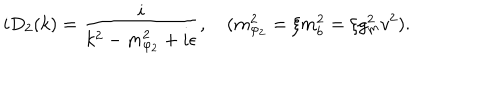
LaTeX: i D _ { 2 } ( k ) = { \frac { i } { k ^ { 2 } - m _ { \varphi _ { 2 } } ^ { 2 } + i \epsilon } } , \quad ( m _ { \varphi _ { 2 } } ^ { 2 } = \xi m _ { b } ^ { 2 } = \xi g _ { m } ^ { 2 } v ^ { 2 } ) .